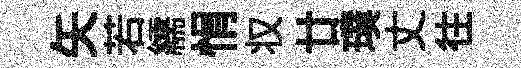
矢若繻悁𠬧廿璞丈往